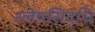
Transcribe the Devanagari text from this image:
श्लेषसिद्धि